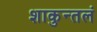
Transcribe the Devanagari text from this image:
शाकुन्तलं